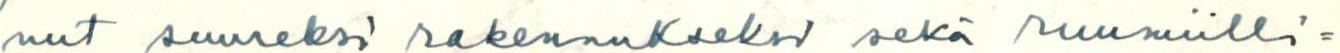
nut suureksi rakennukseksi sekä ruumiilli=